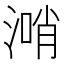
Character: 𣺰